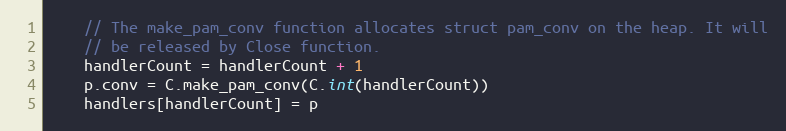
Language: Go
	// The make_pam_conv function allocates struct pam_conv on the heap. It will
	// be released by Close function.
	handlerCount = handlerCount + 1
	p.conv = C.make_pam_conv(C.int(handlerCount))
	handlers[handlerCount] = p